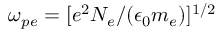
{ \omega _ { p e } = [ e ^ { 2 } N _ { e } / ( \epsilon _ { 0 } m _ { e } ) ] ^ { 1 / 2 } }